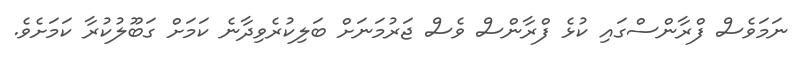
ނަމަވެސް ފްރާންސްގައި ކުޅެ ފްރާންސް ވެސް ޖަރުމަނަށް ބަލިކުރެވިދާނެ ކަމަށް ގަބޫލުކުރާ ކަމަށެވެ.